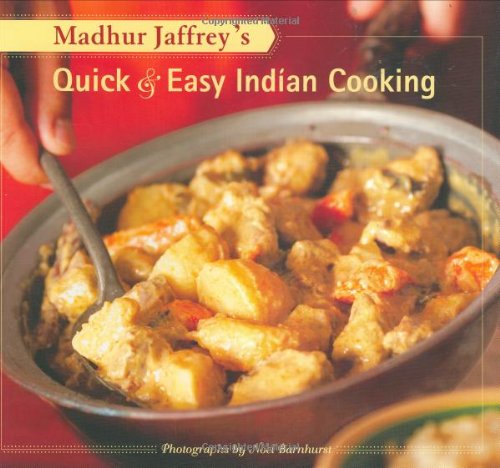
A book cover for Madhur Jaffrey's Quick & Easy Indian Cooking; Madhur Jaffrey; Cookbooks, Food & Wine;